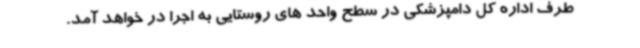
طرف اداره کل دامپزشکی در سطح واحد های روستایی به اجرا در خواهد آمد.